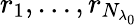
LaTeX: r_{1},\dots,r_{N_{\lambda_{0}}}